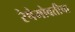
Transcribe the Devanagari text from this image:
रेषेभोवतीचा